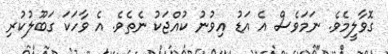
ގޮވާލީމެވެ. ނަމަވެސް އެ އަޑު އިވުނު ކުއްޖަކު ނެތެވެ. އެ ވާހަކަ ގަބޫލުކުރި